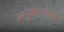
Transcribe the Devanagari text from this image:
अनुष्ठानात्मक